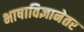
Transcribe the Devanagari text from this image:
भाषाविज्ञानेतर